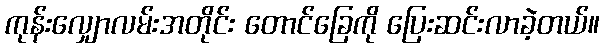
ကုန်းလျှောလမ်းအတိုင်း တောင်ခြေကို ပြေးဆင်းလာခဲ့တယ်။